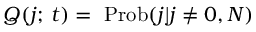
Q ( j ; \thinspace t ) = ~ \mathrm { P r o b } ( j | j \neq 0 , N )